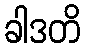
ခါဒတိ